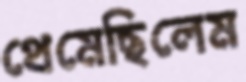
থেমেছিলেম